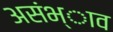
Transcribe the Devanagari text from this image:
असंभ्ाव